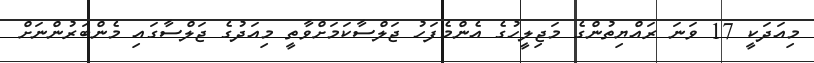
މިއަދަކީ 17 ވަނަ ރައްޔިތުންގެ މަޖިލީހުގެ އެންމެފަހު ޖަލްސާކަމަށްވާތީ މިއަދުގެ ޖަލްސާގައި މެންބަރުންނަށް